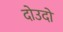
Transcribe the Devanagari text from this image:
दोउदो